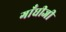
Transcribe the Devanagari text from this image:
गाँधीजी